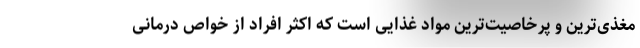
مغذی‌ترین و پرخاصیت‌ترین مواد غذایی است که اکثر افراد از خواص درمانی